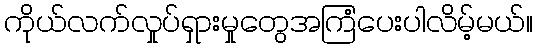
ကိုယ်လက်လှုပ်ရှားမှုတွေအကြံပေးပါလိမ့်မယ်။